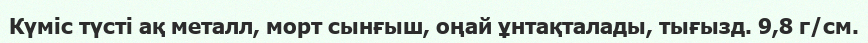
Күміс түсті ақ металл, морт сынғыш, оңай ұнтақталады, тығызд. 9,8 г/см.